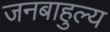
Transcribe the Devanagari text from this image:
जनबाहुल्य